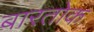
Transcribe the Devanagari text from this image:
बारतोक